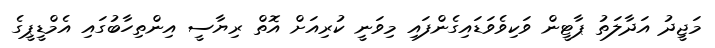
މަޖީދު އަދާލަތު ޕާޓީން ވަކިވެވަޑައިގެންފައި މިވަނީ ކުރިއަށް އޮތް ރިޔާސީ އިންތިހާބުގައި އެމްޑީޕީގެ